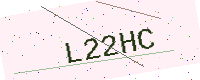
Text: L22HC